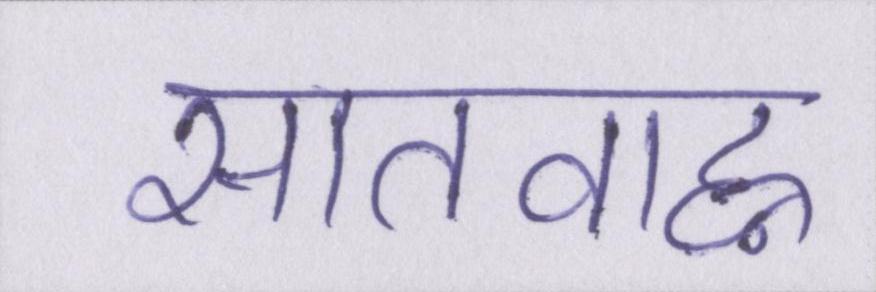
सातवाह्न